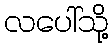
လပေါ်သို့